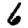
Digit: 6